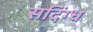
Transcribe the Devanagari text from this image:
सदिंग्ध